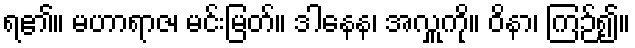
ရ၏။ မဟာရာဇ၊ မင်းမြတ်။ ဒါနေန၊ အလှူကို။ ဝိနာ၊ ကြဉ်၍။